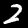
Label: 2